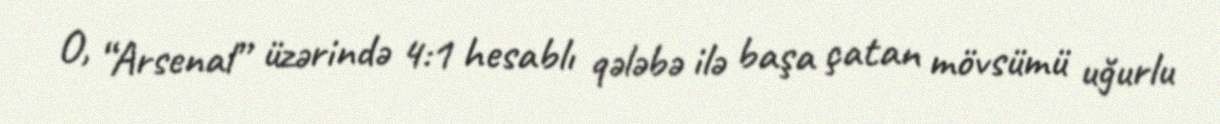
O, “Arsenal” üzərində 4:1 hesablı qələbə ilə başa çatan mövsümü uğurlu